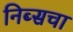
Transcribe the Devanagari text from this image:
निब्सचा